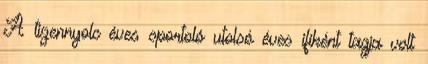
A tizennyolc éves sportoló utolsó éves ifiként tagja volt